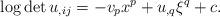
LaTeX: \begin{align*} \log\det u_{,ij}=-v_px^p+u_{,q}\xi^q+c. \end{align*}